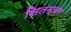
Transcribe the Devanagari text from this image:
सितम्वर